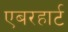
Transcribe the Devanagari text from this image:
एबरहार्ट